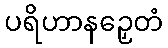
ပရိဟာနဉှေတံ